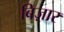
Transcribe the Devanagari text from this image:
बिज़ार